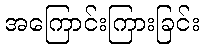
အကြောင်းကြားခြင်း